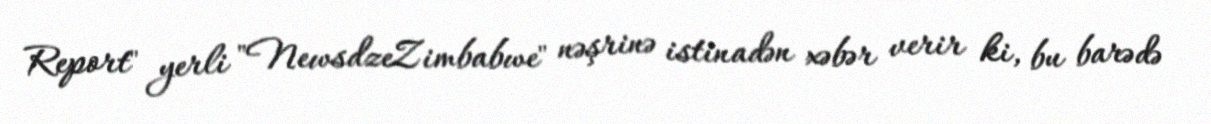
Report" yerli "NewsdzeZimbabwe" nəşrinə istinadən xəbər verir ki, bu barədə